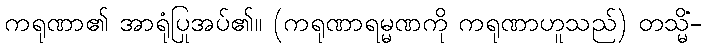
ကရုဏာ၏ အာရုံပြုအပ်၏။ (ကရုဏာရမ္မဏကို ကရုဏာဟူသည်) တသ္မိံ-